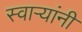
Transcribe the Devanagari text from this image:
स्वाऱ्यांनी